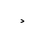
Letter: _dal